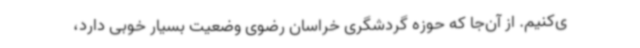
ی‌کنیم. از آن‌جا که حوزه گردشگری خراسان رضوی وضعیت بسیار خوبی دارد،